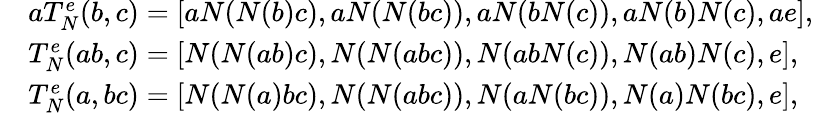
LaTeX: \begin{array}{rl}&{aT_{N}^{e}(b,c)=[aN(N(b)c),aN(N(bc)),aN(bN(c)),aN(b)N(c),ae],}\\ &{T_{N}^{e}(ab,c)=[N(N(ab)c),N(N(abc)),N(abN(c)),N(ab)N(c),e],}\\ &{T_{N}^{e}(a,bc)=[N(N(a)bc),N(N(abc)),N(aN(bc)),N(a)N(bc),e],}\end{array}